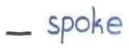
- spoke